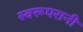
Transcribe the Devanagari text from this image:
स्वरूपरानी